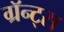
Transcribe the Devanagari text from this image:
ग्रॅन्ट्‍स